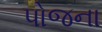
પોજના